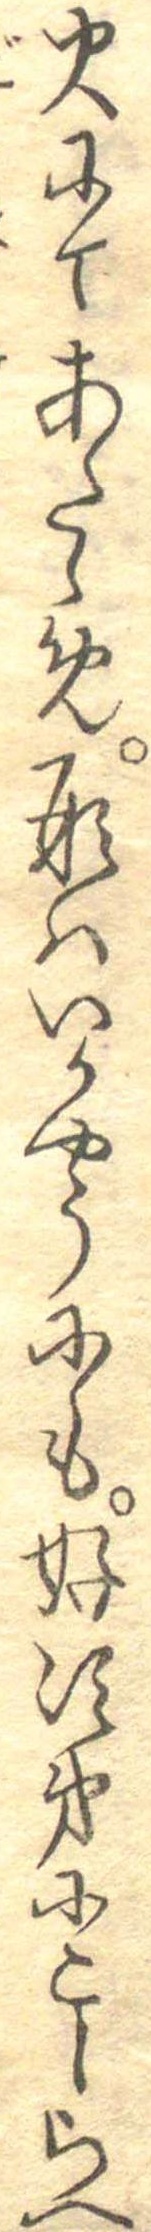
火にてあたゝめ形はいかやうにも好次第にこしらへ